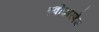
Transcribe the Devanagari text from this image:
स्वीकारणेच